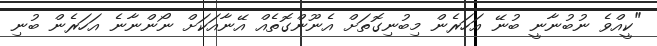
"ކީއްވެ ނުބުނާނީ ބުނޭ އަހަރެން މިބުނިގޮތަށް އެނޫންގޮތެއް އޭނާއަކަށް ނޯންނާނެ އަހަރެން ބުނި